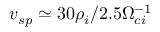
v _ { s p } \simeq 3 0 \rho _ { i } / 2 . 5 \Omega _ { c i } ^ { - 1 }